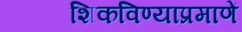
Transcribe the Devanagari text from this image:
शिकविण्याप्रमाणें